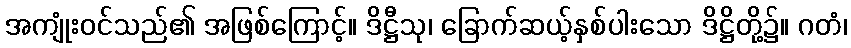
အကျုံးဝင်သည်၏ အဖြစ်ကြောင့်။ ဒိဋ္ဌီသု၊ ခြောက်ဆယ့်နှစ်ပါးသော ဒိဋ္ဌိတို့၌။ ဂတံ၊